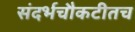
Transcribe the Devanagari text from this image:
संदर्भचौकटीतच